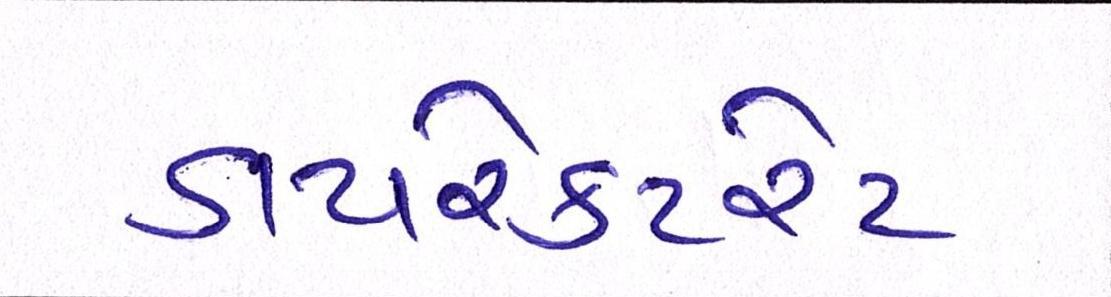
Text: ડાયરેક્ટરેટ